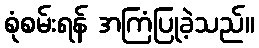
စုံစမ်းရန် အကြံပြုခဲ့သည်။